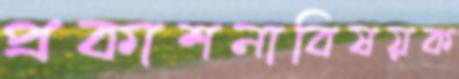
প্রকাশনাবিষয়ক